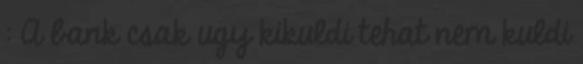
: A bank csak ugy kikuldi tehat nem kuldi